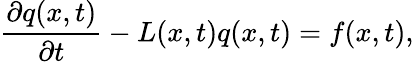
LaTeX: \frac{\partial q(x,t)}{\partial t}-L(x,t)q(x,t)=f(x,t),